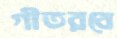
গীতরবে